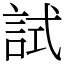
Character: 試